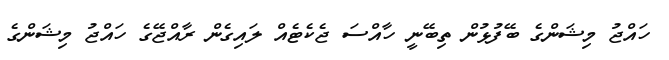
ހައްޖު މިޝަންގެ ބޭފުޅުން ތިބޭނީ ހާއްސަ ޖެކެޓެއް ލައިގެން ރާއްޖޭގެ ހައްޖު މިޝަންގެ